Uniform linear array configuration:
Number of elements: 64
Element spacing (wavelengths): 0.25
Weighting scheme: exponential
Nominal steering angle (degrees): -60
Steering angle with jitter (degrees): -59.18
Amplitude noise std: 0.05
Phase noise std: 0.05

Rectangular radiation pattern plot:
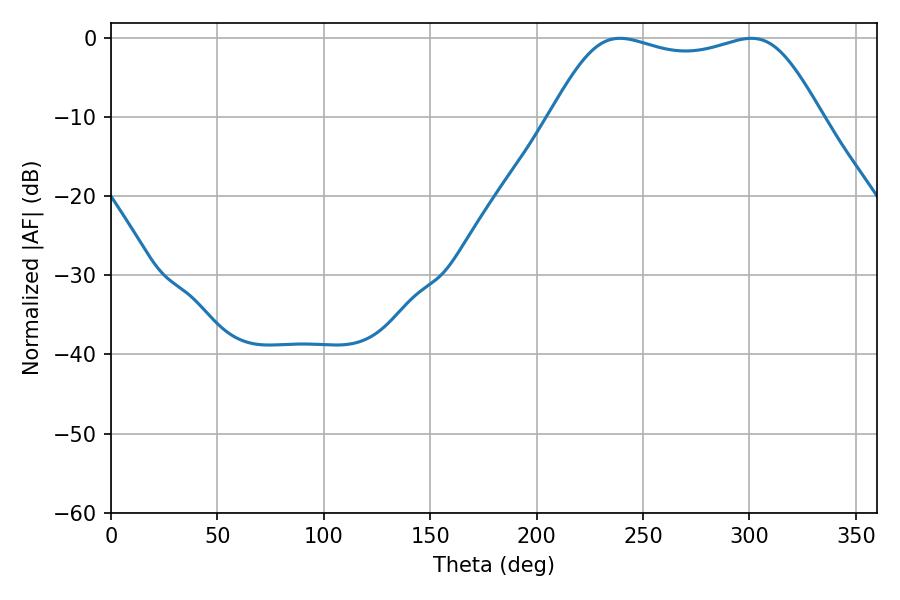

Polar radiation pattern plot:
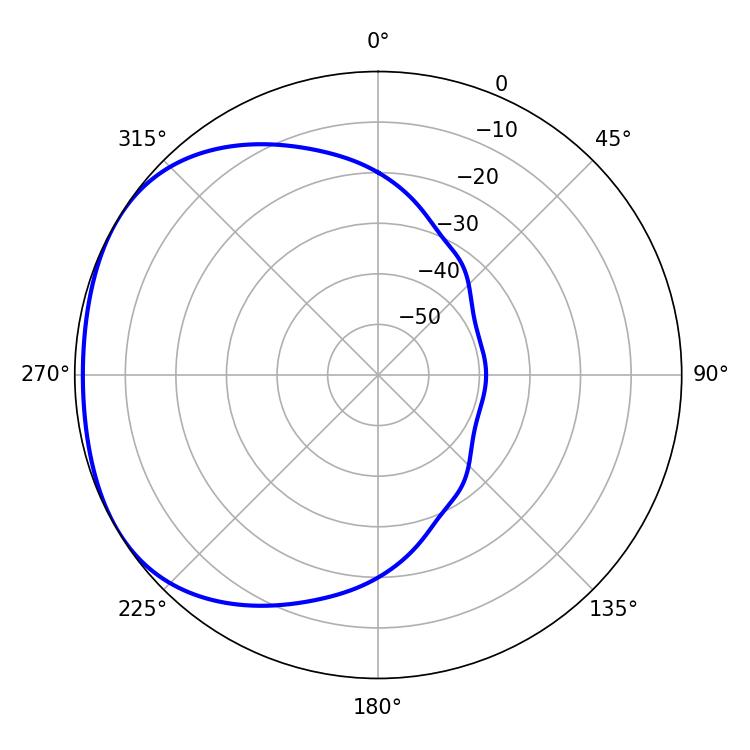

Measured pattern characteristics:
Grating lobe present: FALSE
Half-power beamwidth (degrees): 97.56
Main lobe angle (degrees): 239.22